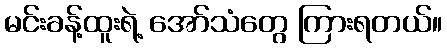
မင်းခန့်ထူးရဲ့ အော်သံတွေ ကြားရတယ်။